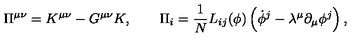
\Pi ^ { \mu \nu } = K ^ { \mu \nu } - G ^ { \mu \nu } K , \qquad \Pi _ { i } = { \frac { 1 } { N } } L _ { i j } ( \phi ) \left( \dot { \phi } ^ { j } - \lambda ^ { \mu } \partial _ { \mu } \phi ^ { j } \right) ,